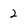
Character: 2